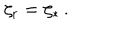
\zeta _ { \mathrm { r } } = \zeta _ { * } \, .